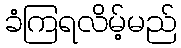
ခံကြရလိမ့်မည်